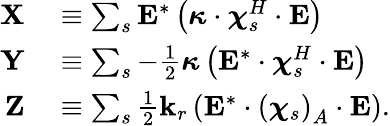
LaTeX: \begin{array}{rl}{\mathbf{X}}&{{}\equiv\sum_{s}\mathbf{E}^{*}\left(\boldsymbol{\kappa}\cdot\boldsymbol{\chi}_{s}^{H}\cdot\mathbf{E}\right)}\\ {\mathbf{Y}}&{{}\equiv\sum_{s}-\frac{1}{2}\boldsymbol{\kappa}\left(\mathbf{E}^{*}\cdot\boldsymbol{\chi}_{s}^{H}\cdot\mathbf{E}\right)}\\ {\mathbf{Z}}&{{}\equiv\sum_{s}\frac{1}{2}\mathbf{k}_{r}\left(\mathbf{E}^{*}\cdot\left(\boldsymbol{\chi}_{s}\right)_{A}\cdot\mathbf{E}\right).}\end{array}